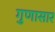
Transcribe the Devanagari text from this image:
गुणासार